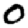
Digit: 0